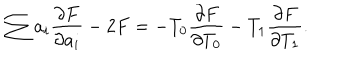
LaTeX: \sum a _ { i } \frac { \partial F } { \partial a _ { i } } - 2 F = - T _ { 0 } \frac { \partial F } { \partial T _ { 0 } } - T _ { 1 } \frac { \partial F } { \partial T _ { 1 } } .